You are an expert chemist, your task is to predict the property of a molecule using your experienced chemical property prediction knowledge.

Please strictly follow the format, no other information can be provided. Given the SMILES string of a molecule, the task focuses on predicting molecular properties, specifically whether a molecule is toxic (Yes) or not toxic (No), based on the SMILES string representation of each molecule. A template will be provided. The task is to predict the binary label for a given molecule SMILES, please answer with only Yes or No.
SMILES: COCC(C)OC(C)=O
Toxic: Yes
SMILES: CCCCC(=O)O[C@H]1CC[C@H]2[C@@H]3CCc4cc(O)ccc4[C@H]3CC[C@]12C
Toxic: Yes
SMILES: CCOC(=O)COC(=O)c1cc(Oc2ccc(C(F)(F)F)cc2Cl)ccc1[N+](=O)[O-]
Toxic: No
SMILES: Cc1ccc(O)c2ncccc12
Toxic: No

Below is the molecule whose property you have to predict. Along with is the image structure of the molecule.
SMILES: CC(CN(CCN(CC(C)OCCO)CC(C)OCCO)CC(C)OCCO)OCCO
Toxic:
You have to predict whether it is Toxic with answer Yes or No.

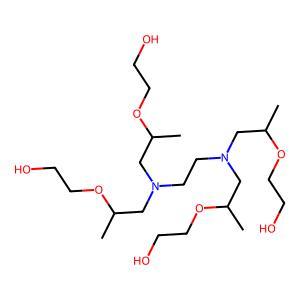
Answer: No